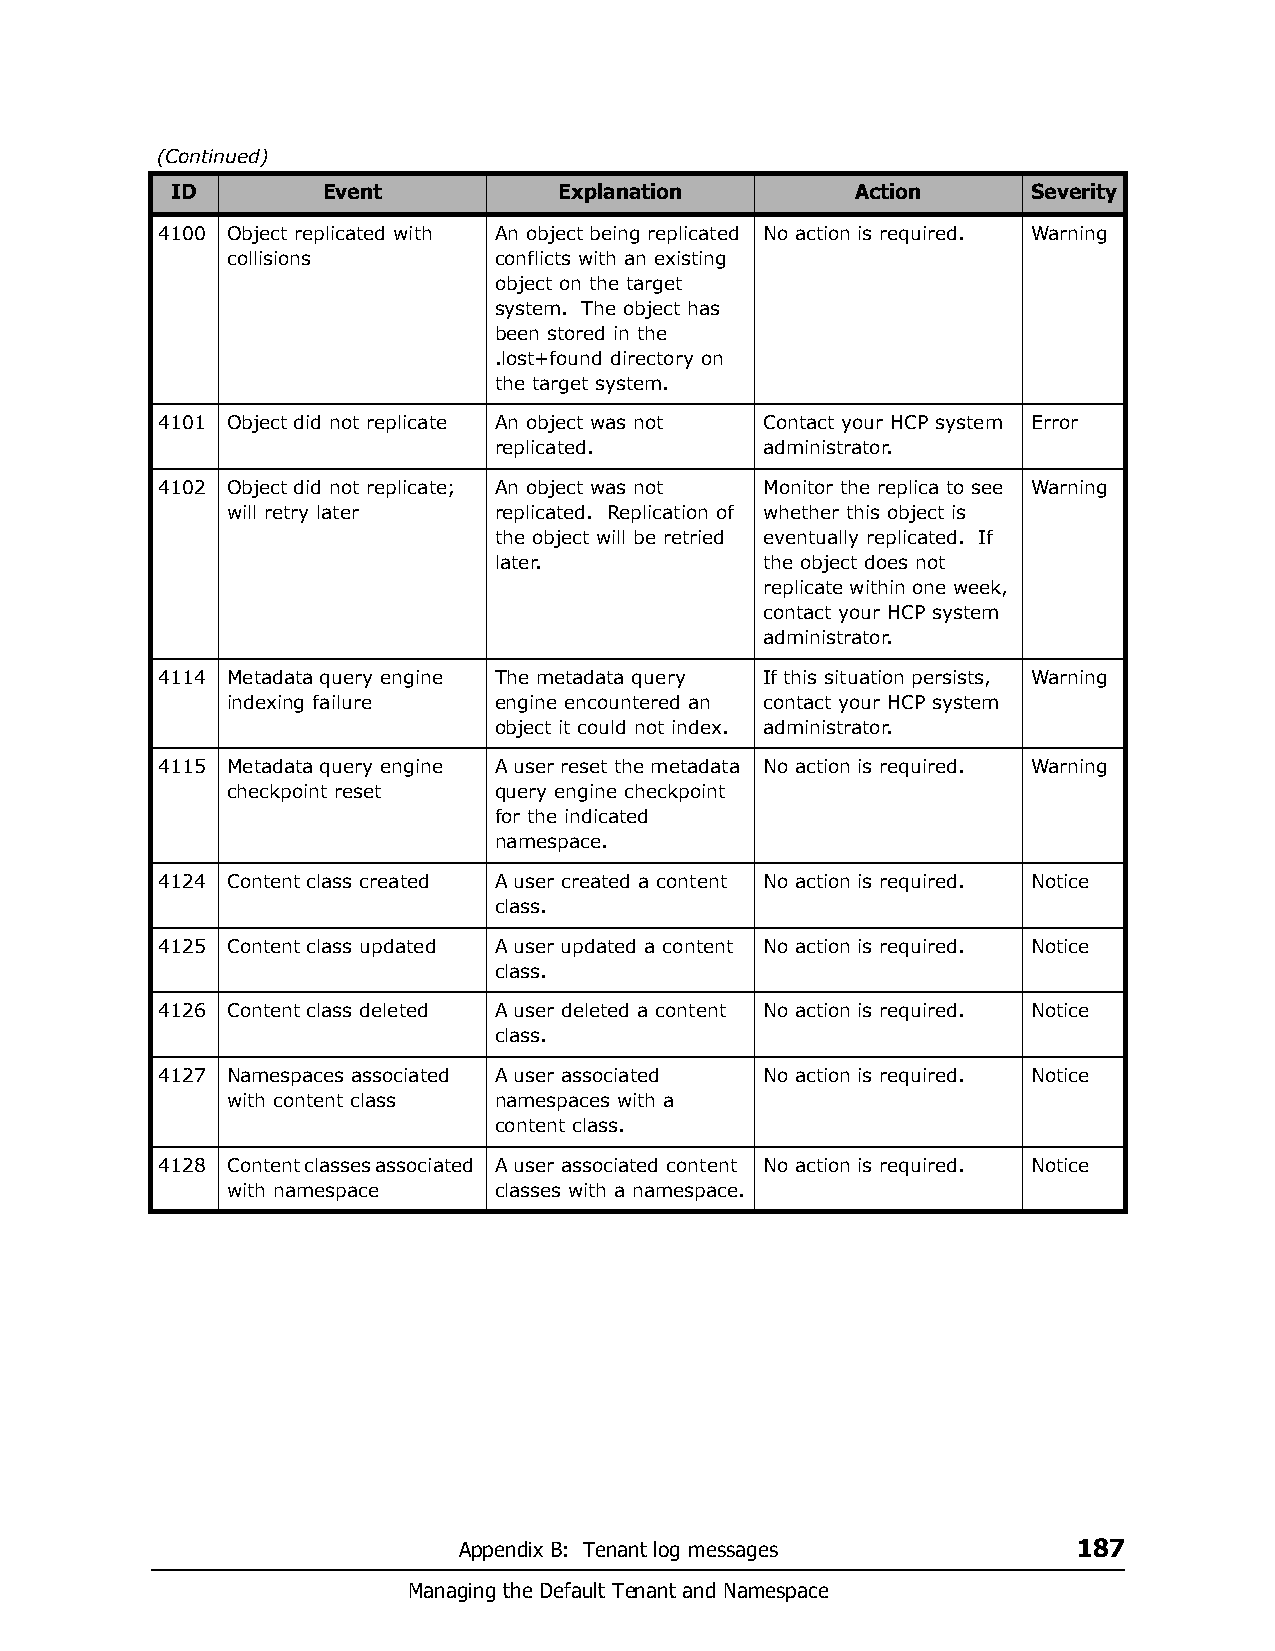
(Continued)
 ID        Event           Explanation         Action     Severity
 4100 Object replicated with An object being replicated No action is required. Warning
 collisions        conflicts with an existing
 object on the target
 system. The object has
 been stored in the
 .lost+found directory on
 the target system.
 4101 Object did not replicate An object was not Contact your HCP system Error
 replicated.      administrator.
 4102 Object did not replicate; An object was not Monitor the replica to see Warning
 will retry later  replicated. Replication of whether this object is
 the object will be retried eventually replicated. If
 later.           the object does not
 replicate within one week,
 contact your HCP system
 administrator.
 4114 Metadata query engine The metadata query If this situation persists, Warning
 indexing failure  engine encountered an contact your HCP system
 object it could not index. administrator.
 4115 Metadata query engine A user reset the metadata No action is required. Warning
 checkpoint reset  query engine checkpoint
 for the indicated
 namespace.
 4124 Content class created A user created a content No action is required. Notice
 class.
 4125 Content class updated A user updated a content No action is required. Notice
 class.
 4126 Content class deleted A user deleted a content No action is required. Notice
 class.
 4127 Namespaces associated A user associated No action is required. Notice
 with content class namespaces with a
 content class.
 4128 Content classes associated A user associated content No action is required. Notice
 with namespace    classes with a namespace.
 Appendix B: Tenant log messages          187
 Managing the Default Tenant and Namespace